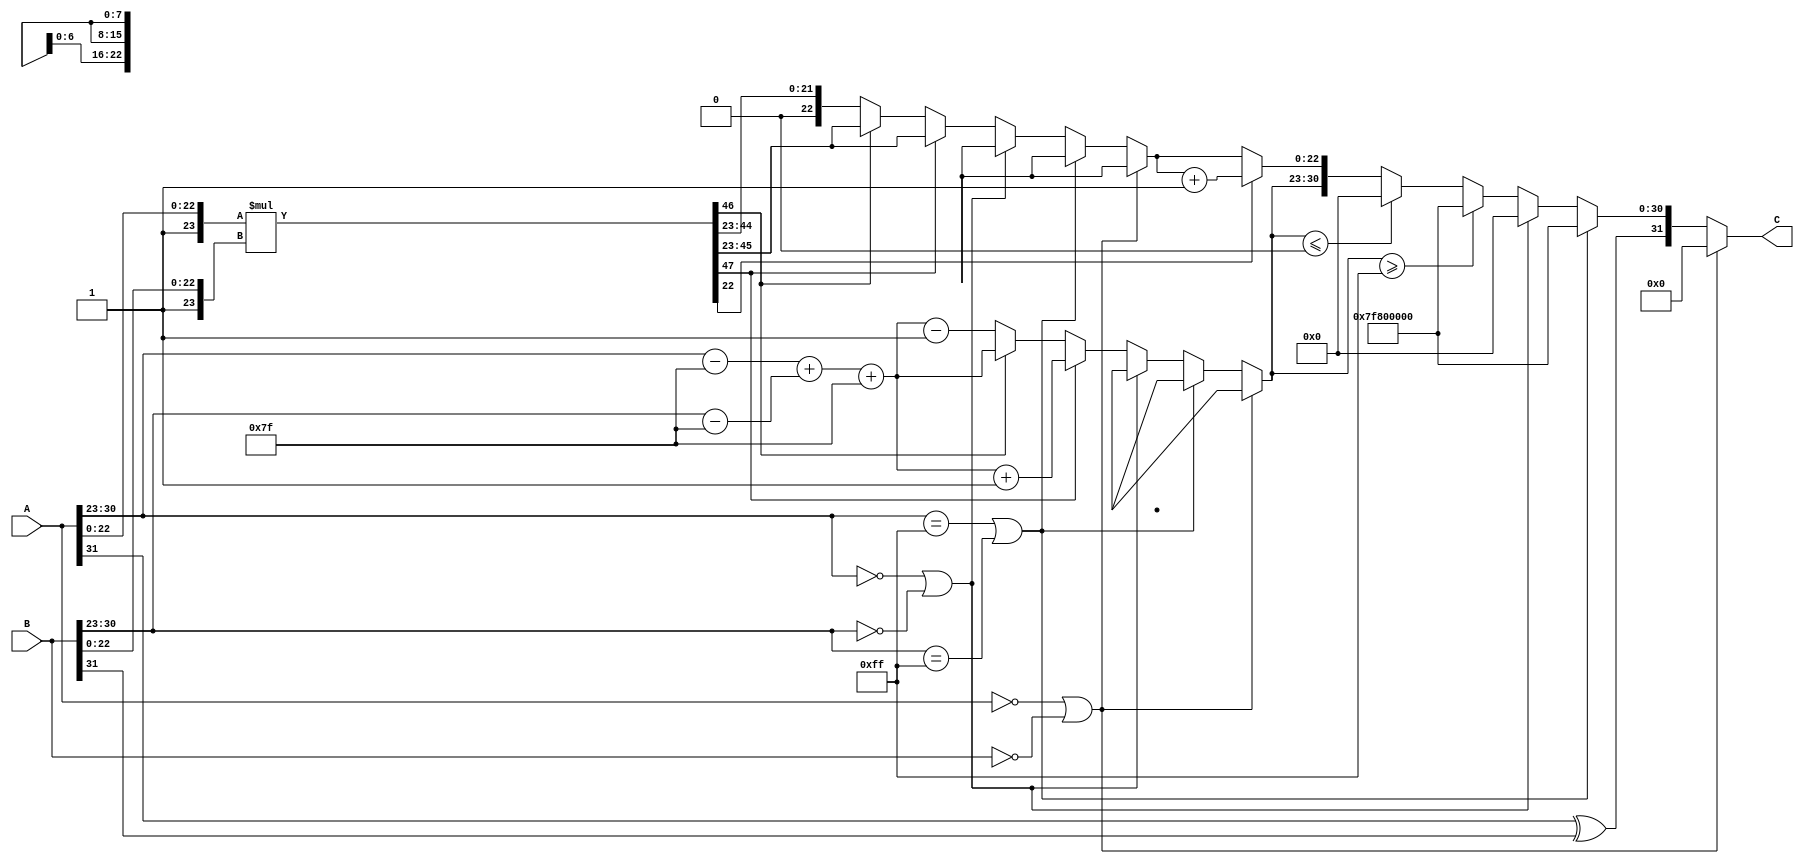
module floating_point_multiplier (
    input  wire [31:0] A, // First floating-point input
    input  wire [31:0] B, // Second floating-point input
    output reg  [31:0] C  // Output floating-point result
);

    // Constants
    localparam BIAS = 8'd127;
    localparam EXPONENT_BITS = 8;
    localparam MANTISSA_BITS = 23;

    // Internal signals
    wire signA = A[31];
    wire signB = B[31];
    wire [EXPONENT_BITS-1:0] expA = A[30:23];
    wire [EXPONENT_BITS-1:0] expB = B[30:23];
    wire [MANTISSA_BITS-1:0] mantA = A[22:0];
    wire [MANTISSA_BITS-1:0] mantB = B[22:0];

    wire [MANTISSA_BITS+1:0] normMantA = {1'b1, mantA}; // Implicit leading 1
    wire [MANTISSA_BITS+1:0] normMantB = {1'b1, mantB}; // Implicit leading 1

    // Exponent calculation
    wire [EXPONENT_BITS:0] expA_adjusted = expA - BIAS; // Adjusted exponent A
    wire [EXPONENT_BITS:0] expB_adjusted = expB - BIAS; // Adjusted exponent B
    wire [EXPONENT_BITS:0] expC = expA_adjusted + expB_adjusted + BIAS; // New exponent

    // Mantissa multiplication
    wire [2*MANTISSA_BITS+1:0] mantC = normMantA * normMantB; // High precision multiplication

    // Sign of the result
    wire signC = signA ^ signB;

    // Normalization
    reg [EXPONENT_BITS-1:0] final_exp;
    reg [MANTISSA_BITS-1:0] final_mant;
    reg overflow, underflow;

    always @* begin
        // Default values
        final_exp = 0;
        final_mant = 0;
        overflow = 0;
        underflow = 0;

        // Check for zero inputs
        if (A == 32'b0 || B == 32'b0) begin
            C = 32'b0; // Zero multiplication
        end else if (expA == 8'b11111111 || expB == 8'b11111111) begin
            // Check for infinity
            C = {signC, 8'b11111111, 23'b0}; // Result is infinity
        end else if (expA == 8'b00000000 || expB == 8'b00000000) begin
            // Check for subnormal numbers
            C = {signC, 8'b00000000, 23'b0}; // Result is zero
        end else begin
            // Normalization process
            if (mantC[2*MANTISSA_BITS+1]) begin
                // Result is greater than or equal to 2
                final_mant = mantC[2*MANTISSA_BITS-1:MANTISSA_BITS]; // Shift right
                final_exp = expC + 1; // Increase exponent
            end else if (mantC[2*MANTISSA_BITS]) begin
                // Result is in range [1, 2)
                final_mant = mantC[2*MANTISSA_BITS-1:MANTISSA_BITS]; // No shift
                final_exp = expC;
            end else begin
                // Result is less than 1
                final_mant = mantC[2*MANTISSA_BITS-2:MANTISSA_BITS]; // Shift left
                final_exp = expC - 1; // Decrease exponent
            end

            // Check for overflow and underflow
            if (final_exp >= 8'b11111111) begin
                overflow = 1;
                C = {signC, 8'b11111111, 23'b0}; // Set to infinity
            end else if (final_exp <= 8'b00000000) begin
                underflow = 1;
                C = {signC, 8'b00000000, 23'b0}; // Set to zero
            end else begin
                // Rounding logic
                // Implement rounding to nearest even
                // Note: This is a simplified rounding logic
                if (mantC[MANTISSA_BITS-1]) begin
                    final_mant = final_mant + 1; // Round up
                end

                // Construct the final output
                C = {signC, final_exp[EXPONENT_BITS-1:0], final_mant[MANTISSA_BITS-1:0]};
            end
        end
    end

endmodule